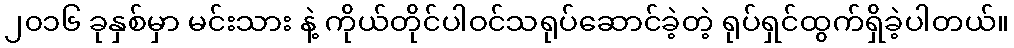
၂၀၁၆ ခုနှစ်မှာ မင်းသား နဲ့ ကိုယ်တိုင်ပါဝင်သရုပ်ဆောင်ခဲ့တဲ့ ရုပ်ရှင်ထွက်ရှိခဲ့ပါတယ်။